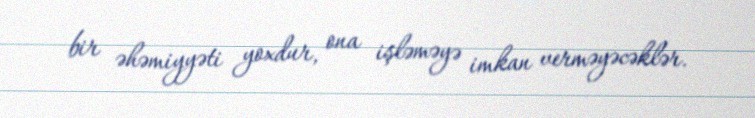
bir əhəmiyyəti yoxdur, ona işləməyə imkan verməyəcəklər.